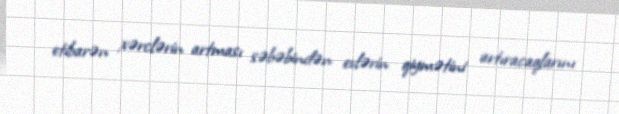
etibarən xərclərin artması səbəbindən evlərin qiymətini artıracaqlarını